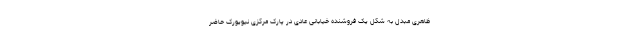
ظاهری مبدل به شکل یک فروشنده خیابانی عادی در پارک مرکزی نیویورک حاضر